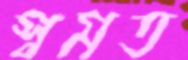
স্বমত